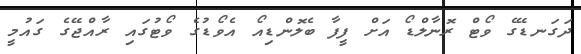
ދަގަނޑޭގެ ވޯޓް ރޮނާލްޑޯ އަށް ފީފާ ބެލޮންޑިއޯ އެވޯޑުގެ ވޯޓުގައި ރާއްޖޭގެ ގައުމީ